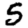
Digit: 5